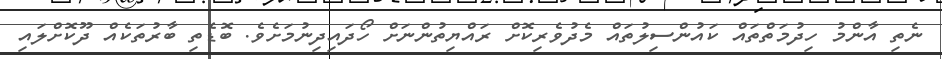
ނެތި އާންމު ހިދުމަތްތައް ކައުންސިލުތައް މެދުވެރިކޮށް ރައްޔިތުންނަށް ހޯދައިދިނުމަށެވެ. ބޮޑެތި ބާރުތަކެއް ދޫކޮށްލައި